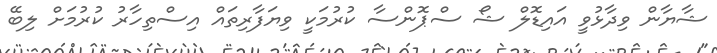
ޝާޔާން ވިދާޅުވީ އައިޑޮލް ޝޯ ސްޕޮންސާ ކުރުމަކީ ވިޔަފާރިތައް އިސްތިހާރު ކުރުމަށް ލިބޭ